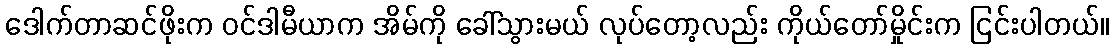
ဒေါက်တာဆင်ဖိုးက ဝင်ဒါမီယာက အိမ်ကို ခေါ်သွားမယ် လုပ်တော့လည်း ကိုယ်တော်မှိုင်းက ငြင်းပါတယ်။